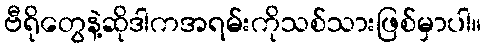
ဗီရိုတွေနဲ့ဆိုဒါကအရမ်းကိုသစ်သားဖြစ်မှာပါ။